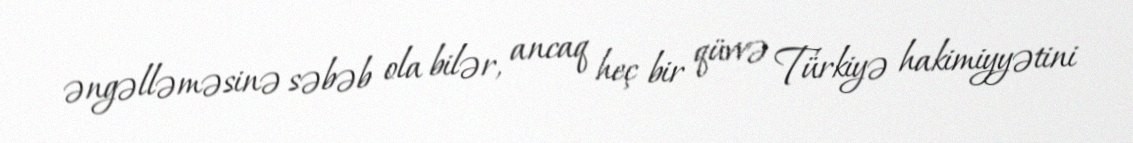
əngəlləməsinə səbəb ola bilər, ancaq heç bir qüvvə Türkiyə hakimiyyətini